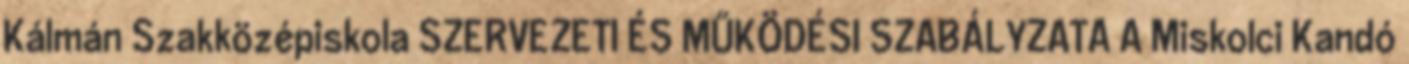
Kálmán Szakközépiskola SZERVEZETI ÉS MŰKÖDÉSI SZABÁLYZATA A Miskolci Kandó